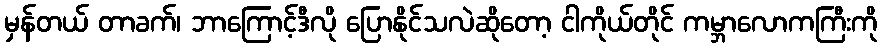
မှန်တယ် တာခက်၊ ဘာကြောင့်ဒီလို ပြောနိုင်သလဲဆိုတော့ ငါကိုယ်တိုင် ကမ္ဘာလောကကြီးကို